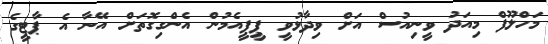
މަހްލޫފް މިއަދު ވީނިއުސް އަށް ވިދާޅުވީ ޕީޕީއެމުން އެންގިގޮތަށް އޭނާ އެ ޕާޓީގެ